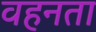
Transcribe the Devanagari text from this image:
वहनता